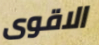
الاقوى